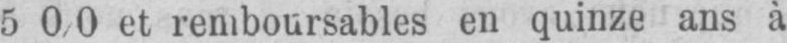
5 0/0 et remboursables en quinze ans à